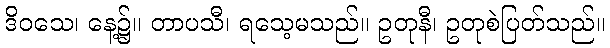
ဒိဝသေ၊ နေ့၌။ တာပသီ၊ ရသေ့မသည်။ ဥတုနီ၊ ဥတုစဲပြတ်သည်။